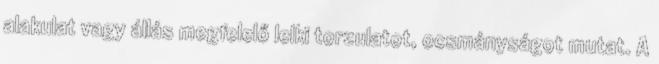
alakulat vagy állás megfelelő lelki torzulatot, ocsmányságot mutat. A